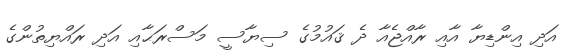
އަދި އިންޑިޔާ އާއި ރާއްޖެއާ ދެ ޤައުމުގެ ސިޔާސީ މަސްރަޙާއި އަދި ރައްޔިތުންގެ